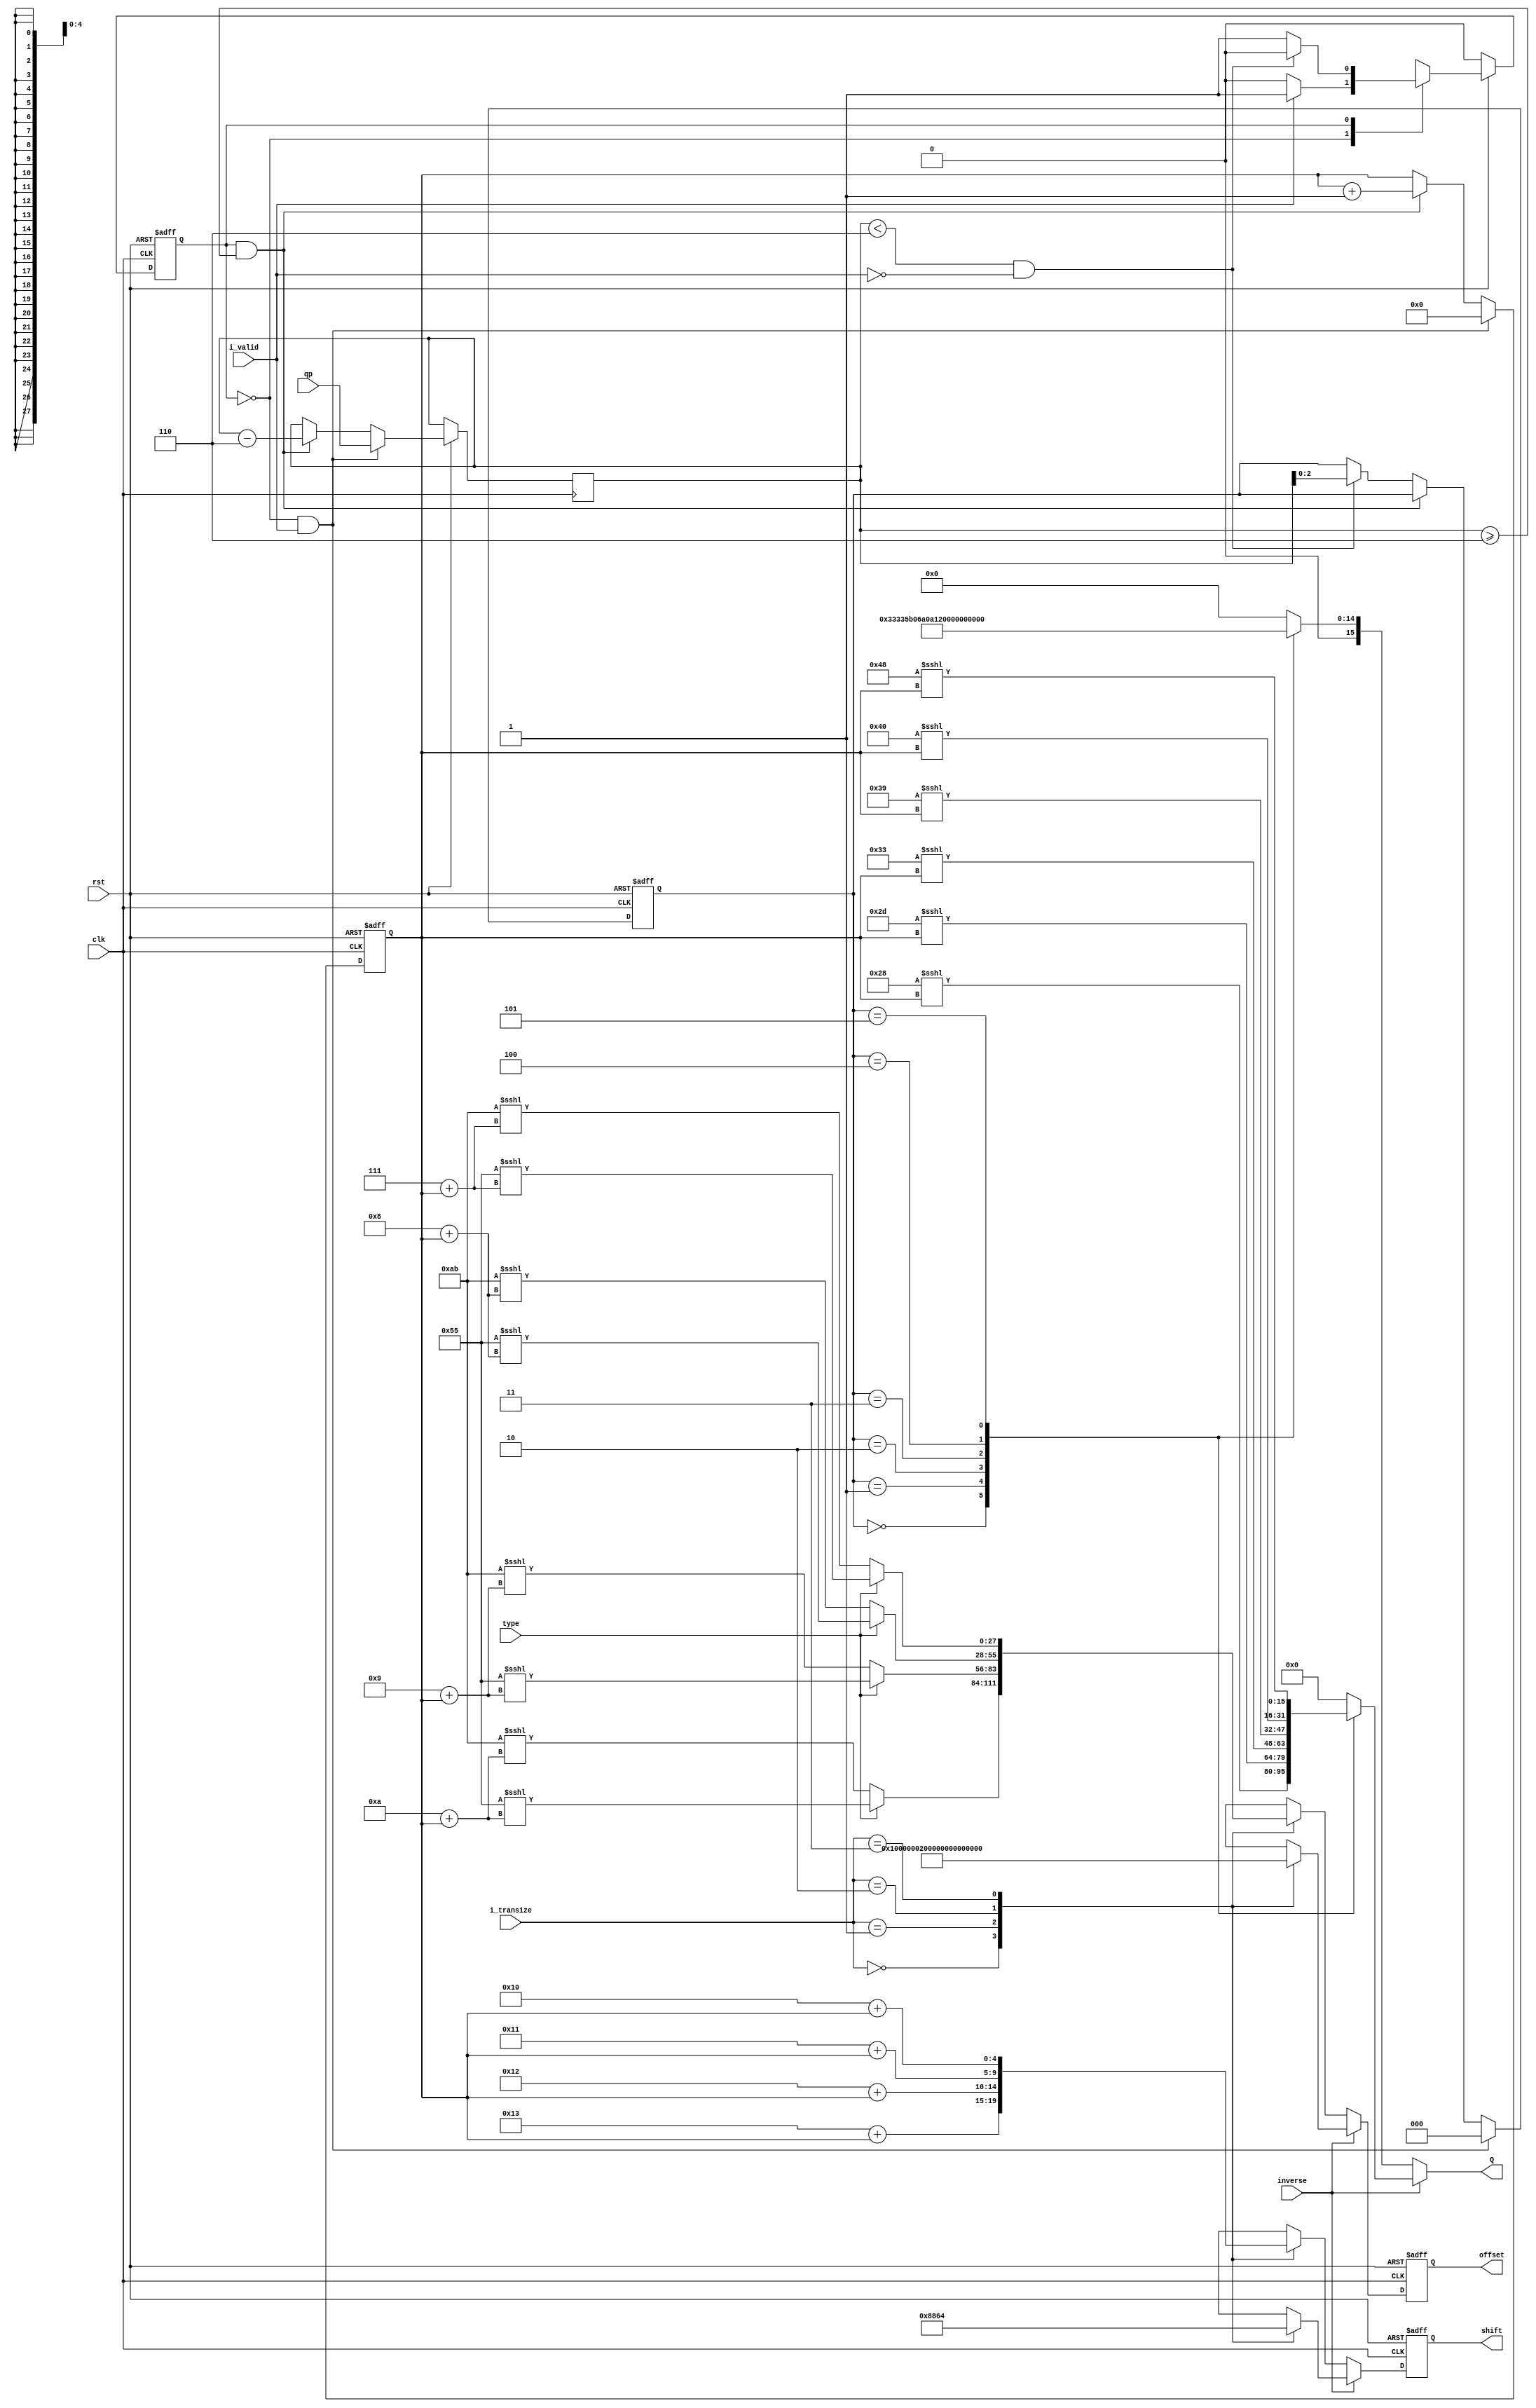
module mod_1(
       clk,
       rst,
      type,
        qp,
   i_valid,
   inverse,
i_transize,
         Q,
    offset,
     shift
);
input                              clk;
input                              rst;
input                             type;
input                          i_valid;
input                          inverse;
input    [1:0]              i_transize;
input    [5:0]                      qp;   
output reg  signed [15:0]            Q;
output reg  signed [27:0]       offset;
output reg  [4:0]                shift;
reg    [5:0]           opi;
reg                  state;
reg             next_state;
reg  [2:0]              q;
reg  [3:0]              p;
parameter            DCT_4=2'b00;
parameter            DCT_8=2'b01;
parameter           DCT_16=2'b10;
parameter           DCT_32=2'b11;
parameter              IDLE=1'b0;
parameter               MOD=1'b1;
always@(*)
if(!rst)
  next_state=IDLE;
else
  case(state)
   IDLE:
    if(i_valid)
      next_state=MOD;
    else
      next_state=IDLE;
    MOD:
    if((opi<3'd6)&&(!i_valid))
      begin
      next_state=IDLE;
    end
    else
      next_state=MOD;
  endcase
always @(posedge clk or negedge rst)
  begin
    if(~rst)
      state  <= IDLE;
    else
      state  <=  next_state;
  end
 always @(posedge clk or negedge rst)
  if(!rst)
    begin
    q<=3'd0;
    p<=4'd0;
  end
else
   if((state==IDLE)&&i_valid)
    begin
     q<=3'd0;
     p<=4'd0;
     opi<=qp;
   end
else
  if((state==MOD)&&opi>=6)
    begin
    opi<=opi-6;
    p<=p+1;
   end
else 
  if((opi<3'd6)&&(!i_valid)) 
    q<=opi[2:0];
always@(posedge clk or negedge rst)
if(!rst)
 begin
 shift<=5'b0;
 offset<=28'b0;
 end
 else
if(!inverse)
case(i_transize)
	DCT_4:begin
	  shift<=19+p;
	  offset<=type?(9'd85<<<(10+p)):(9'd171<<<(10+p));
	  end
	DCT_8:begin
	  shift<=18+p;
	  offset<=type?(9'd85<<<(9+p)):(9'd171<<<(9+p));
	  end
  DCT_16:begin
	  shift<=17+p;
	  offset<=type?(9'd85<<<(8+p)):(9'd171<<<(8+p));
	  end	
  DCT_32:begin
	  shift<=16+p;
	  offset<=type?(9'd85<<<(7+p)):(9'd171<<<(7+p));
	  end	  
   endcase
else
 case(i_transize)
	DCT_4:begin
	  shift<=3'd1;
	  offset<=5'd1;
	  end
	DCT_8:begin
	  shift<=3'd2;
	  offset<=5'd2;
	  end
  DCT_16:begin
	  shift<=3'd3;
	  offset<=5'd4;
	  end	
  DCT_32:begin
	  shift<=3'd4;
	  offset<=5'd8;
	  end	 
endcase
always@(*)
if(!inverse)
case(q)
  3'd0:Q=16'd26214;
  3'd1:Q=16'd23302;
  3'd2:Q=16'd20560;
  3'd3:Q=16'd18396;
  3'd4:Q=16'd16384;
  3'd5:Q=16'd14564;
  default:Q=16'd0;
endcase
else
case(q)
  3'd0:Q=(16'd40<<<p);
  3'd1:Q=(16'd45<<<p);
  3'd2:Q=(16'd51<<<p);
  3'd3:Q=(16'd57<<<p);
  3'd4:Q=(16'd64<<<p);
  3'd5:Q=(16'd72<<<p);
  default:Q=16'd0;
endcase
endmodule